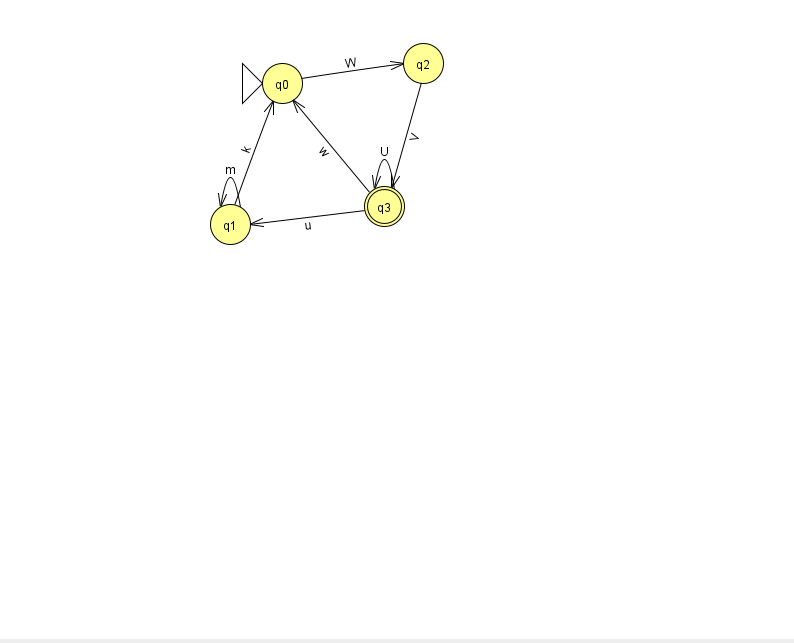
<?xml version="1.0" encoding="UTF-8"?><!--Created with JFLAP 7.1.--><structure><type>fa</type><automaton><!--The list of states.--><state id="0" name="q0"><x>282.0</x><y>70.0</y><initial/></state><state id="1" name="q1"><x>230.0</x><y>211.0</y></state><state id="2" name="q2"><x>423.0</x><y>50.0</y></state><state id="3" name="q3"><x>384.0</x><y>193.0</y><final/></state><!--The list of transitions.--><transition><from>3</from><to>1</to><read>u</read></transition><transition><from>0</from><to>2</to><read>W</read></transition><transition><from>3</from><to>0</to><read>w</read></transition><transition><from>3</from><to>3</to><read>U</read></transition><transition><from>2</from><to>3</to><read>V</read></transition><transition><from>1</from><to>0</to><read>k</read></transition><transition><from>1</from><to>1</to><read>m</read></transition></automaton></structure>